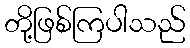
တို့ဖြစ်ကြပါသည်